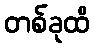
တစ်ခုထိ